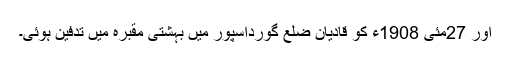
اور 27مئی 1908ء کو قادیان ضلع گورداسپور میں بہشتی مقبرہ میں تدفین ہوئی۔